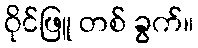
ဝိုင်ဖြူ တစ် ခွက်။